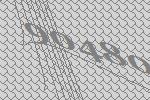
90480